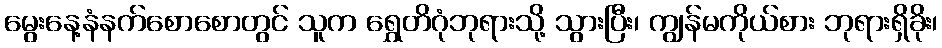
မွေးနေ့နံနက်စောစောတွင် သူက ရွှေတိဂုံဘုရားသို့ သွားပြီး၊ ကျွန်မကိုယ်စား ဘုရားရှိခိုး၊